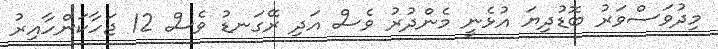
މިދުވަސްވަރު ބޮޑުދިޔަ އުޅެނީ މެންދުރު ވެސް އަދި ރޭގަނޑު ވެސް 12 ޖަހާކަންހާއިރު